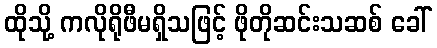
ထိုသို့ ကလိုရိုဖီမရှိသဖြင့် ဖိုတိုဆင်းသဆစ် ခေါ်